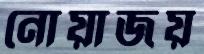
নোয়াজয়